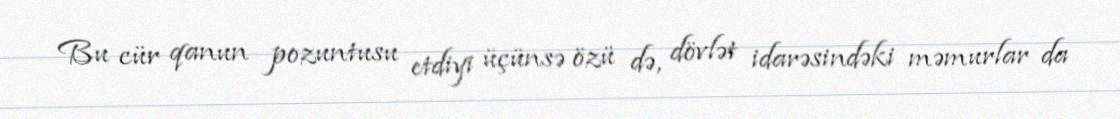
Bu cür qanun pozuntusu etdiyi üçünsə özü də, dövlət idarəsindəki məmurlar da